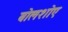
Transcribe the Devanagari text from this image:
बोलशोए